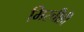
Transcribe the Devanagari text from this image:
मिरचीही